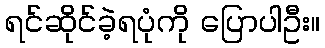
ရင်ဆိုင်ခဲ့ရပုံကို ပြောပါဦး။